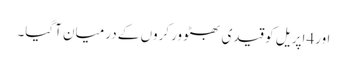
اور4اپریل کو قیدی بھٹو ورکروں کے درمیان آگیا۔